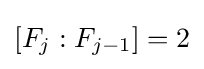
[F_{j}:F_{j-1}]=2